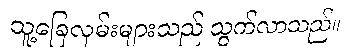
သူ့ခြေလှမ်းများသည် သွက်လာသည်။